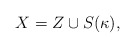
\begin{align*}X=Z\cup S({\kappa}),\end{align*}